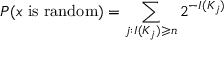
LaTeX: P ( x { \mathrm { ~ i s ~ r a n d o m } } ) = \sum _ { j : I ( K _ { j } ) \geqslant n } 2 ^ { - I ( K _ { j } ) }